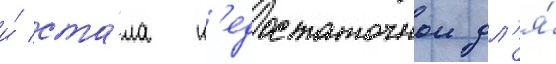
и́ ста́ла н'едостаточнои дл'я́